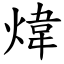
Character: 煒